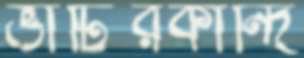
ভাটিরকান্দি